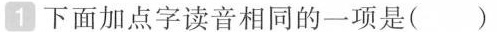
1 下面加点字读音相同的一项是( )